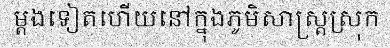
ម្តងទៀតហើយនៅក្នុងភូមិសាស្ត្រស្រុក